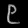
Digit: ၉